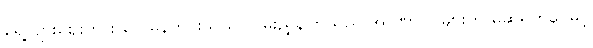
ရွေ့လျားဈေးကား လေမုန်တိုင်းသည် လမ်းညွှန်ကြသည် အာဏာပိုင်များက မဆုရတနာမြင့်